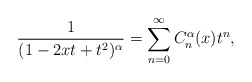
\begin{align*} \frac{1}{(1-2xt+t^{2})^{\alpha}}=\sum_{n=0}^{\infty}C_n^{\alpha}(x) t^{n},\end{align*}